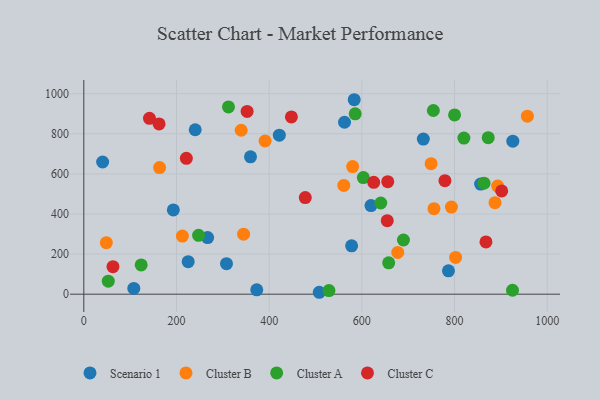
{"axis": {"x": "Investment", "y": "Sales"}, "legend": ["Cluster A", "Cluster B", "Cluster C", "Scenario 1"], "data": [{"x": "359.7", "y": 685.0, "type": "Scenario 1"}, {"x": "619.7", "y": 441.8, "type": "Scenario 1"}, {"x": "225.2", "y": 162.3, "type": "Scenario 1"}, {"x": "925.8", "y": 763.0, "type": "Scenario 1"}, {"x": "193.2", "y": 420.2, "type": "Scenario 1"}, {"x": "786.9", "y": 116.6, "type": "Scenario 1"}, {"x": "562.6", "y": 857.5, "type": "Scenario 1"}, {"x": "307.9", "y": 152.2, "type": "Scenario 1"}, {"x": "583.5", "y": 969.8, "type": "Scenario 1"}, {"x": "421.9", "y": 792.8, "type": "Scenario 1"}, {"x": "40.6", "y": 659.3, "type": "Scenario 1"}, {"x": "732.7", "y": 773.8, "type": "Scenario 1"}, {"x": "373.2", "y": 21.7, "type": "Scenario 1"}, {"x": "240.4", "y": 820.1, "type": "Scenario 1"}, {"x": "267.2", "y": 282.5, "type": "Scenario 1"}, {"x": "856.3", "y": 549.3, "type": "Scenario 1"}, {"x": "577.9", "y": 241.0, "type": "Scenario 1"}, {"x": "508.1", "y": 9.6, "type": "Scenario 1"}, {"x": "107.9", "y": 28.6, "type": "Scenario 1"}, {"x": "957.2", "y": 888.0, "type": "Cluster B"}, {"x": "561.0", "y": 542.6, "type": "Cluster B"}, {"x": "893.1", "y": 539.3, "type": "Cluster B"}, {"x": "391.2", "y": 764.0, "type": "Cluster B"}, {"x": "580.1", "y": 636.3, "type": "Cluster B"}, {"x": "749.4", "y": 650.8, "type": "Cluster B"}, {"x": "344.8", "y": 299.1, "type": "Cluster B"}, {"x": "48.6", "y": 256.7, "type": "Cluster B"}, {"x": "755.6", "y": 426.3, "type": "Cluster B"}, {"x": "677.5", "y": 208.1, "type": "Cluster B"}, {"x": "793.3", "y": 434.7, "type": "Cluster B"}, {"x": "339.6", "y": 817.7, "type": "Cluster B"}, {"x": "212.7", "y": 289.9, "type": "Cluster B"}, {"x": "163.5", "y": 631.4, "type": "Cluster B"}, {"x": "802.3", "y": 183.4, "type": "Cluster B"}, {"x": "887.4", "y": 456.6, "type": "Cluster B"}, {"x": "312.2", "y": 933.7, "type": "Cluster A"}, {"x": "657.9", "y": 156.6, "type": "Cluster A"}, {"x": "640.8", "y": 454.8, "type": "Cluster A"}, {"x": "754.3", "y": 916.1, "type": "Cluster A"}, {"x": "585.6", "y": 899.7, "type": "Cluster A"}, {"x": "689.8", "y": 270.4, "type": "Cluster A"}, {"x": "872.7", "y": 780.6, "type": "Cluster A"}, {"x": "52.8", "y": 64.9, "type": "Cluster A"}, {"x": "925.1", "y": 19.6, "type": "Cluster A"}, {"x": "820.2", "y": 778.8, "type": "Cluster A"}, {"x": "800.1", "y": 894.2, "type": "Cluster A"}, {"x": "863.6", "y": 553.5, "type": "Cluster A"}, {"x": "123.8", "y": 145.8, "type": "Cluster A"}, {"x": "529.0", "y": 18.1, "type": "Cluster A"}, {"x": "603.2", "y": 581.8, "type": "Cluster A"}, {"x": "247.7", "y": 293.7, "type": "Cluster A"}, {"x": "62.9", "y": 137.2, "type": "Cluster C"}, {"x": "655.9", "y": 561.0, "type": "Cluster C"}, {"x": "352.4", "y": 911.4, "type": "Cluster C"}, {"x": "141.7", "y": 877.2, "type": "Cluster C"}, {"x": "221.3", "y": 677.7, "type": "Cluster C"}, {"x": "477.9", "y": 481.8, "type": "Cluster C"}, {"x": "867.8", "y": 260.5, "type": "Cluster C"}, {"x": "162.4", "y": 848.9, "type": "Cluster C"}, {"x": "448.0", "y": 884.1, "type": "Cluster C"}, {"x": "779.3", "y": 566.3, "type": "Cluster C"}, {"x": "901.8", "y": 514.8, "type": "Cluster C"}, {"x": "654.8", "y": 366.6, "type": "Cluster C"}, {"x": "625.6", "y": 558.0, "type": "Cluster C"}]}